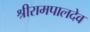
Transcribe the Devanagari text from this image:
श्रीरामपालदेव